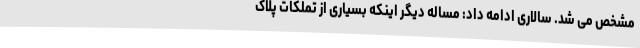
مشخص می شد. سالاری ادامه داد: مساله دیگر اینکه بسیاری از تملکات پلاک